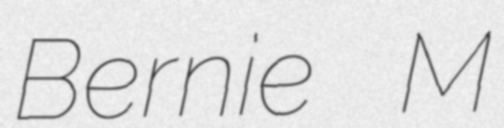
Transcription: Bernie M